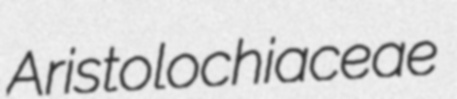
Aristolochiaceae